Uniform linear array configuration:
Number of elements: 48
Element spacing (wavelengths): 1
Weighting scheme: kaiser
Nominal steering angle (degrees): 60
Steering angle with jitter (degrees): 58.688
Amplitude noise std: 0.05
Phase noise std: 0.05

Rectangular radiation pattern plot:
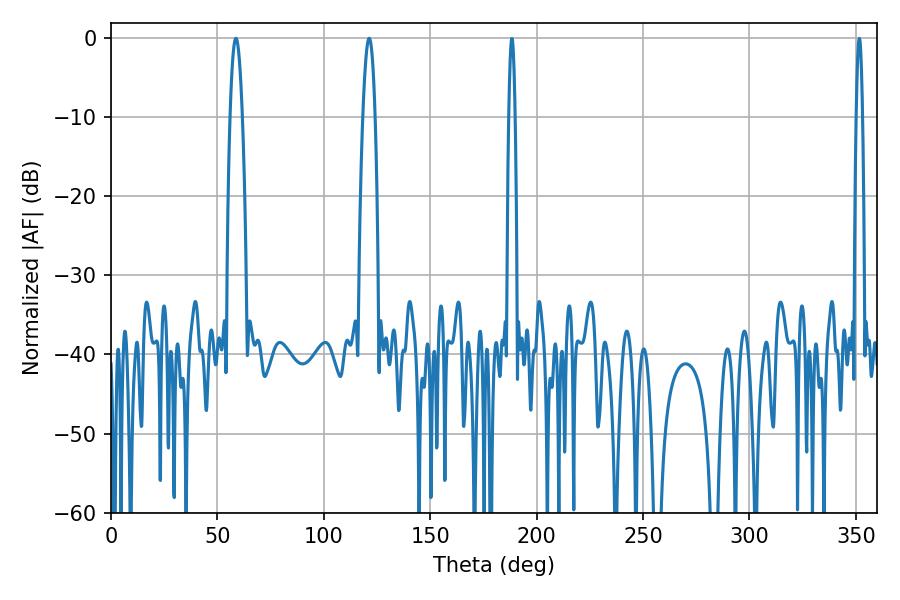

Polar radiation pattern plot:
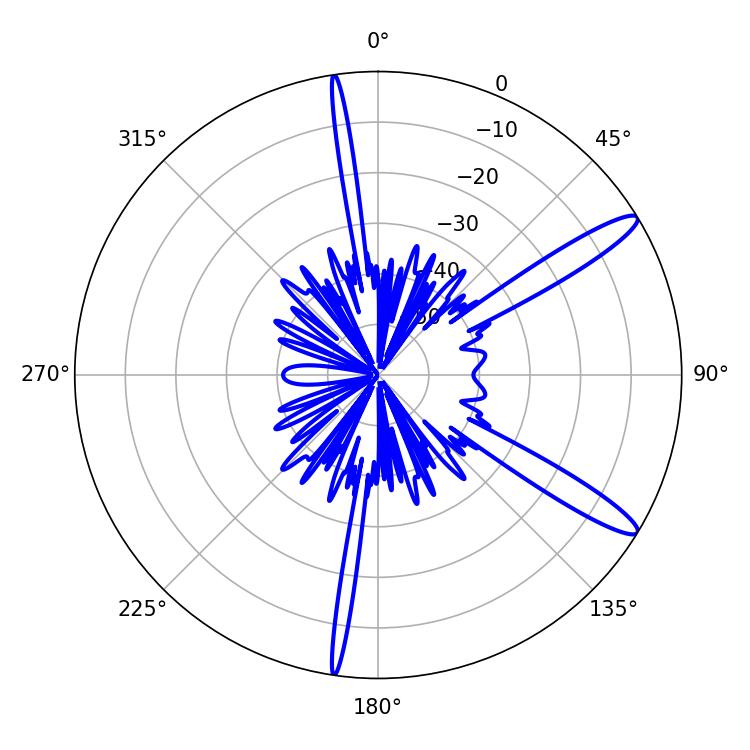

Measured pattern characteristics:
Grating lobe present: TRUE
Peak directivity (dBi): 13.284
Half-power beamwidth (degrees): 3.06
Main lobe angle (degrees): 58.68